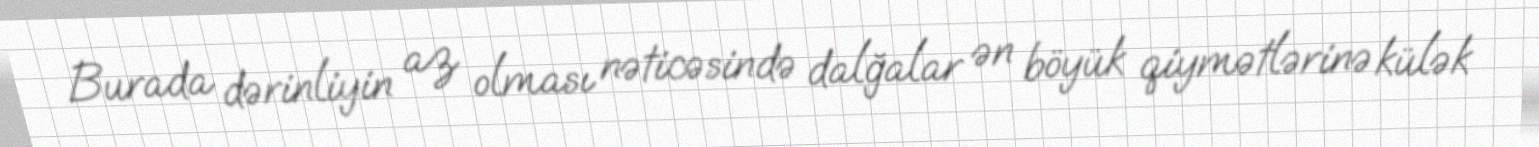
Burada dərinliyin az olması nəticəsində dalğalar ən böyük qiymətlərinə külək